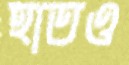
হাতও